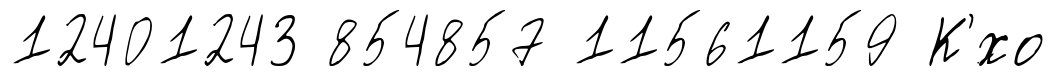
12401243 854857 11561159 К'́хо